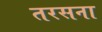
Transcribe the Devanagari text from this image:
तरसना